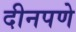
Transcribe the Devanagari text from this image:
दीनपणे